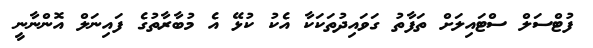
ފުޓްސަލް ސްޓައިލަށް ތަފާތު ގަވައިދުތަކަކާ އެކު ކުޅޭ އެ މުބާރާތުގެ ފައިނަލް އޮންނާނީ